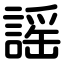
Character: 謡